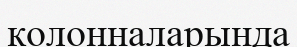
колонналарында